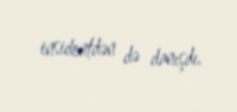
insidentdən də danışdı.